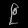
Digit: ၉